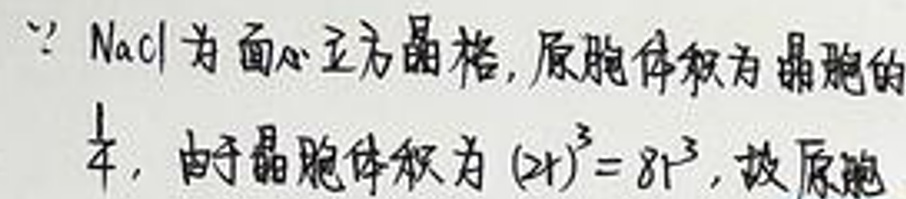
\(\because NaCl\)为面心立方晶格，原胞体积为晶胞的\(\frac{1}{4}\)，由于晶胞体积为\((2r)^{3}=8r^{3}\)，故原胞